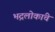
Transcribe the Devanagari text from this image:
भद्रलोकांचे